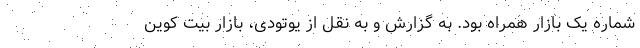
شماره یک بازار همراه بود. به گزارش و به نقل از یوتودی، بازار بیت کوین